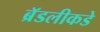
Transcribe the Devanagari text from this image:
ब्रॅडलीकडे